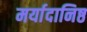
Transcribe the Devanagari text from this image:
मर्यादानिष्ठ